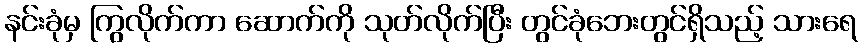
နင်းခုံမှ ကြွလိုက်ကာ ဆောက်ကို သုတ်လိုက်ပြီး တွင်ခုံဘေးတွင်ရှိသည့် သားရေ